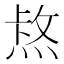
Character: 𤋈